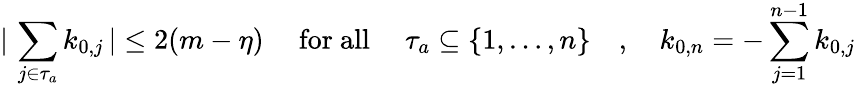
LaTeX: \vert\, \sum_{j\in\tau_{a}}k_{0,j}\, \vert\leq 2(m-\eta)\quad\mathrm{~for~all~}\quad\tau_{a}\subseteq\{ 1,\ldots,n\} \quad,\quad k_{0,n}=-\sum_{j=1}^{n-1}k_{0,j}